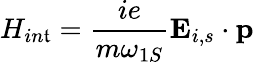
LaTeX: H_{in\mathfrak{t}}=\frac{{ie}}{{m\omega_{1S}}}{\mathbf{E}}_{i,s}\cdot{\mathbf{p}}